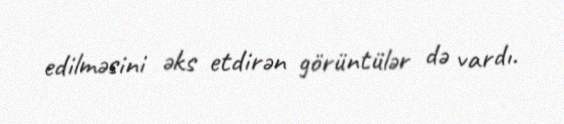
edilməsini əks etdirən görüntülər də vardı.